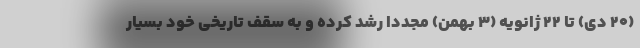
(۲۰ دی) تا ۲۲ ژانویه (۳ بهمن) مجددا رشد کرده و به سقف تاریخی خود بسیار